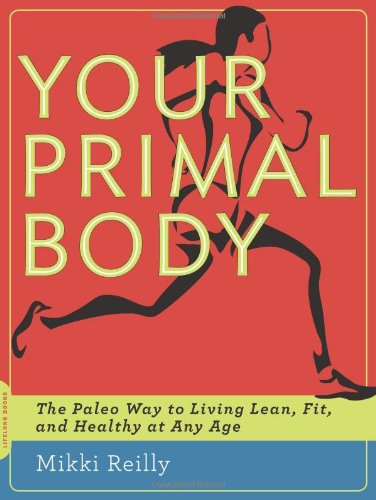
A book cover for Your Primal Body: The Paleo Way to Living Lean, Fit, and Healthy at Any Age; Mikki Reilly; Health, Fitness & Dieting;